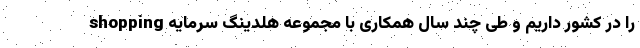
shopping را در کشور داریم و طی چند سال همکاری با مجموعه هلدینگ سرمایه